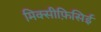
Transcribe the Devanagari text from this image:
मिक्सीफ़िसिई